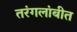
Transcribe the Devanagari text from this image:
तरंगलांबीत